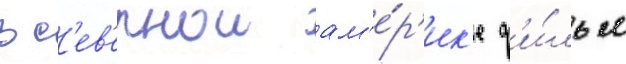
В с'ев'ернои ам'е́р'ик'е ф'и́льм